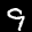
Label: 9